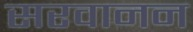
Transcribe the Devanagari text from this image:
सरवानन